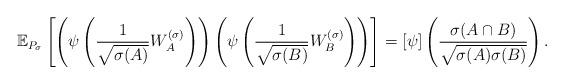
LaTeX: \begin{align*}\mathbb E_{P_\sigma}\left[\left(\psi\left(\frac{1}{\sqrt{\sigma(A)}} W^{(\sigma)}_A\right)\right)\left(\psi\left(\frac{1}{\sqrt{\sigma(B)}} W^{(\sigma)}_B\right)\right)\right]=[\psi]\left(\frac{\sigma(A\cap B)}{\sqrt{\sigma(A)\sigma(B)}}\right).\end{align*}